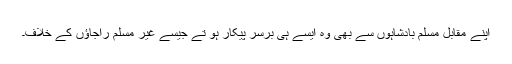
اپنے مقابل مسلم بادشاہوں سے بھی وہ ایسے ہی برسر پیکار ہو تے جیسے غیر مسلم راجاؤں کے خلاف۔